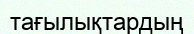
тағылықтардың